Bulletin of the Pasteur Institute of Southern India, Coonoor - No. 3.
Year: 1910
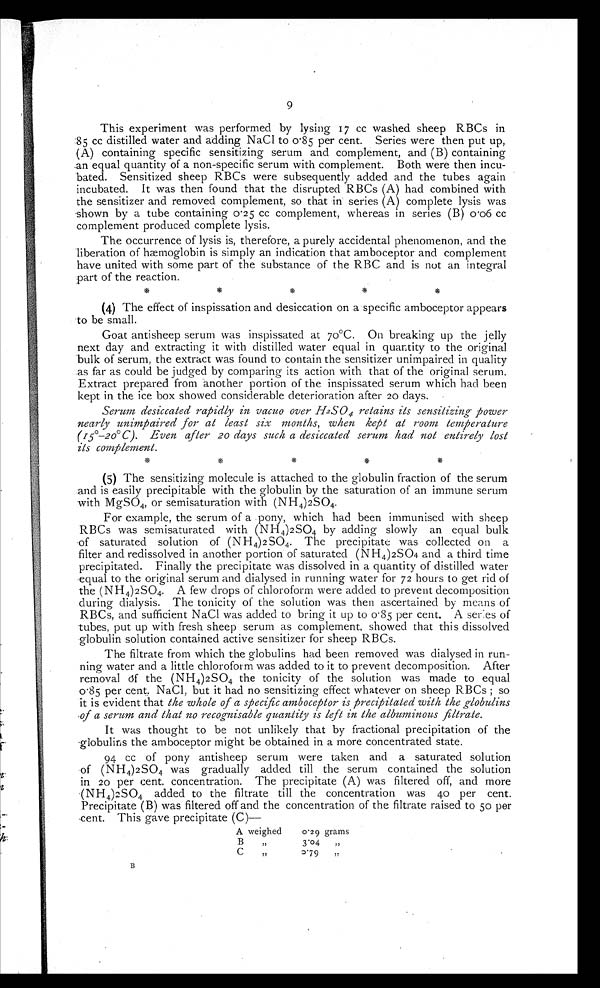
9
This experiment was performed by lysing 17 cc washed sheep RBCs in
:85 cc distilled water and adding NaCI to 0 . 85 per cent. Series were then put up,
(A) containing specific sensitizing serum and complement, and (B) containing
.an equal quantity of a non-specific serum with complement. Both were then incu-
bated. Sensitized sheep RBCs were subsequently added and the tubes again
incubated. It was then found that the disrupted RBCs (A) had combined with
the sensitizer and removed complement, so that in series (A) complete lysis was
shown by a tube containing 0 . 25 cc complement, whereas in series (B) 0 .06 cc
complement produced complete lysis.
The occurrence of lysis is, therefore, a purely accidental phenomenon, and the
liberation of hæmoglobin is simply an indication that amboceptor and complement
have united with some part of the substance of the RBC and is not an integral
part of the reaction.
(4) The effect of inspissation and desiccation on a specific amboceptor appears
to be small.
Goat antisheep serum was inspissated at 70°C. On breaking up the jelly
next day and extracting it with distilled water equal in quantity to the original
bulk of serum, the extract was found to contain the sensitizer unimpaired in quality
as far as could be judged by comparing its action with that of the original serum.
Extract prepared from another portion of the inspissated serum which had been
kept in the ice box showed considerable deterioration after 20 days.
Serum desiccated rapidly in vacuo over H2S04 r e t a i n s i t s s e n s i t i z i n g p o w e r
nearly unimpaired for at least six months, when kept at room temperature
(15°-20° C). Even after 20 days such a desiccated serum had not entirely lost
its complement.
*
(5) The sensitizing molecule is attached to the globulin fraction of the serum
and is easily precipitable with the globulin by the saturation of an immune serum
with MgSO 4, or semisaturation with (NH 4)2SO4.
For example, the serum of a pony, which had been immunised with sheep
RBCs was semisaturated with (NH 4 )2SO4 by adding slowly an equal bulk
of saturated solution of (NH 4) 2 SO4. The precipitate was collected on a
filter and redissolved in another portion of saturated (NH 4 )2SO4 and a third time
precipitated. Finally the precipitate was dissolved in a quantity of distilled water
equal to the original serum and dialysed in running water for 72 hours to get rid of
the (NH 4)2SO4. A few drops of chloroform were added to prevent decomposition
during dialysis. The tonicity of the solution was then ascertained by means of
RBCs, and sufficient NaCI was added to bring it up to o . 85 per cent. A series of
tubes, put up with fresh sheep serum as complement, showed that this dissolved
globulin solution contained active sensitizer for sheep RBCs.
The filtrate from which the globulins had been removed was dialysed in run-
ning water and a little chloroform was added to it to prevent decomposition. After
removal of the (NH 4)2SO4 the tonicity of the solution was made to equal
0 . 85 per cent. NaCI, but it had no sensitizing effect whatever on sheep RBCs ; so
it is evident that the whole of a specific amboceptor is precipitated with the globulins
of a serum and that no recognisable quantity is left in the albuminous filtrate.
It was thought to be not unlikely that by fractional precipitation of the
globulins the amboceptor might be obtained in a more concentrated state.
94 cc of pony antisheep serum were taken and a saturated solution
of (NH 4)2SO4 was gradually added till the serum contained the solution
in 20 per cent. concentration. The precipitate (A) was filtered off, and more
'(NH4)2SO4 added to the filtrate till the concentration was 40 per cent.
Precipitate (B) was filtered off and the concentration of the filtrate raised to 50 per
cent. This gave precipitate (C)—
A weighed
o.29 grams.
B
,,
3 . 0 4
, ,
C
,,
0'79
,,